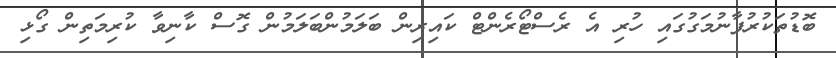
ބޮޑުތަކުރުފާނުމަގުގައި ހުރި އެ ރެސްޓޯރެންޓް ކައިރިން ބަލަމުންބަލަމުން ގޮސް ކާނިވާ ކުރިމަތިން ގޯޅި